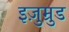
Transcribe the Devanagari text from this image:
इज़ुम्रुड